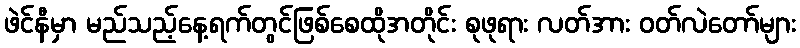
ဖဲင်နီမှာ မည်သည့်နေ့ရက်တွင်ဖြစ်စေထိုအတိုင်း စုဖုရား လတ်အား ဝတ်လဲတော်များ